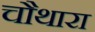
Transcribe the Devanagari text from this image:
चौथारा